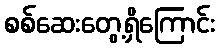
စစ်ဆေးတွေ့ရှိကြောင်း